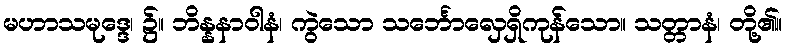
မဟာသမုဒ္ဒေ၊ ၌။ ဘိန္နနာဝါနံ၊ ကွဲသော သင်္ဘောလှေရှိကုန်သော။ သတ္တာနံ၊ တို့၏။